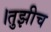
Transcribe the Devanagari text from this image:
।तुझीच